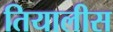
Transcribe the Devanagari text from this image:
तियालीस